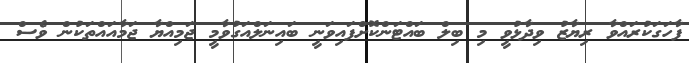
ފާހަގަކުރައްވާ ރިޔާޒު ވިދާޅުވީ މި ބިލް ބައްޓަންކޮށްފައިވަނީ ބައިނަލްއަގުވާމީ ޖަމިއްޔާ ޖަމާއައްތަކުން ވެސް